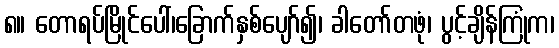
၈။ တောရပ်မြိုင်ပေါ်၊ခြောက်နှစ်ပျော်၍၊ ခါတော်တဖုံ၊ ပွင့်ချိန်ကြုံက၊